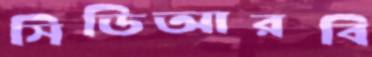
সিডিআরবি